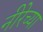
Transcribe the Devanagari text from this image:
नीरेच्या